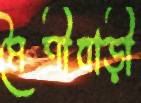
মৈত্রীবাড়ী